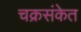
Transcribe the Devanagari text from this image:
चक्रसंकेत